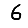
Digit: 6